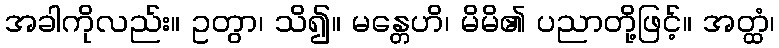
အခါကိုလည်း။ ဥတွာ၊ သိ၍။ မန္တေဟိ၊ မိမိ၏ ပညာတို့ဖြင့်။ အတ္ထံ၊